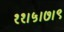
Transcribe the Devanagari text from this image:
११।५।७।९